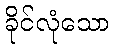
ခိုင်လုံသော